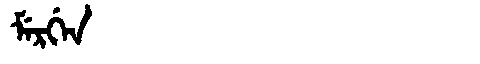
Manchu: ᠮᡝᡵᡤᡝᠨ
Romanization: MERGEN